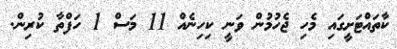
ކާތައްޓަށީގައި މެހި ޖެހުމުން ވަނީ ކިހިނެއް 11 މަސް 1 ހަފްތާ ކުރިން.